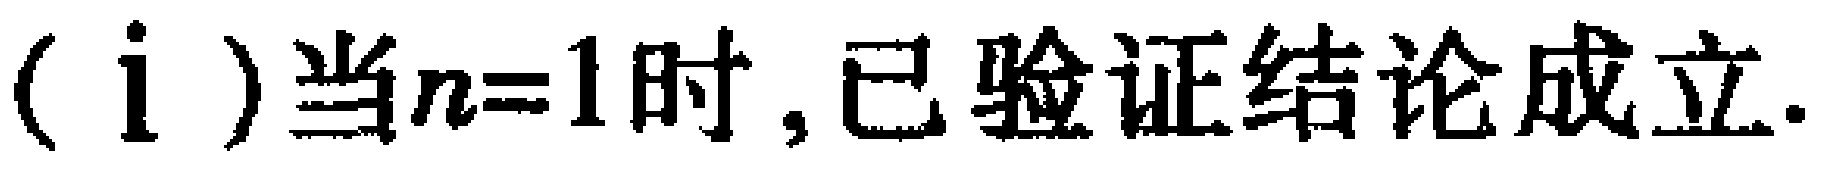
(i)当\(n = 1\)时,已验证结论成立.